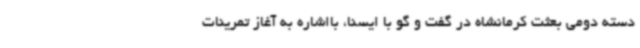
دسته دومی بعثت کرمانشاه در گفت و گو با ایسنا، بااشاره به آغاز تمرینات